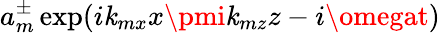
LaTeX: a_{m}^{\pm}\exp(i\mathit{k}_{mx}x\pmi\mathit{k}_{mz}z-i\omegat)